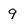
Character: 9